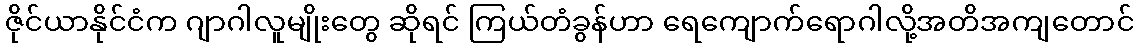
ဇိုင်ယာနိုင်ငံက ဂျာဂါလူမျိုးတွေ ဆိုရင် ကြယ်တံခွန်ဟာ ရေကျောက်ရောဂါလို့အတိအကျတောင်